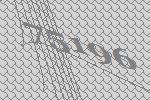
75196